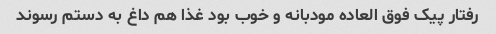
رفتار پیک فوق العاده مودبانه و خوب بود غذا هم داغ به دستم رسوند